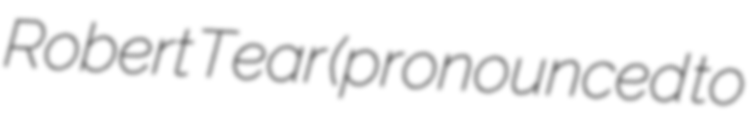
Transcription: Robert Tear (pronounced to